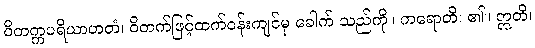
ဝိတက္ကပရိယာဟတံ၊ ဝိတက်ဖြင့်ထက်ဝန်းကျင်မှ ခေါက် သည်ကို။ ကရောတိ၊ ၏။ ဣတိ၊